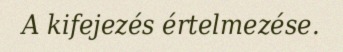
A kifejezés értelmezése.